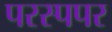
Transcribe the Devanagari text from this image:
परस्पपर